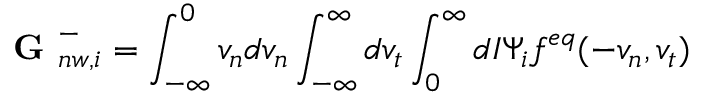
\textbf { G } _ { n w , i } ^ { - } = \int _ { - \infty } ^ { 0 } v _ { n } d v _ { n } \int _ { - \infty } ^ { \infty } d v _ { t } \int _ { 0 } ^ { \infty } d I \Psi _ { i } f ^ { e q } ( - v _ { n } , v _ { t } )